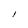
Character: l